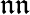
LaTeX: \mathfrak{n}\mathfrak{n}